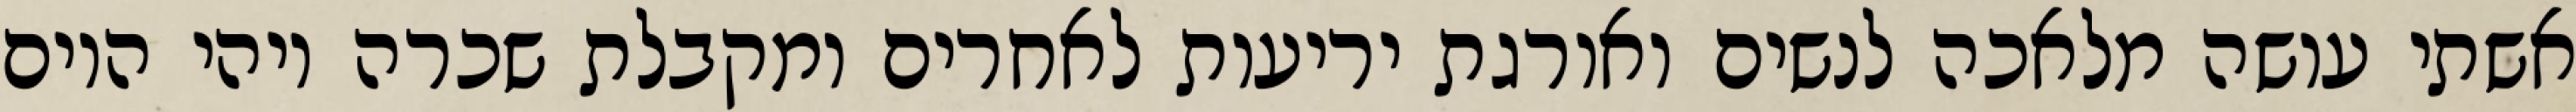
אשתי עושה מלאכה לנשים ואורגת יריעות לאחרים ומקבלת שכרה ויהי היום